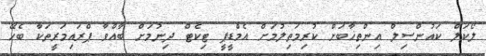
ލޯކަލް ކައުންސިލް އިންތިޚާބަށް ކުރިމަތިލުމަށް އެމްޑީޕީ ޓިކެޓް ދިނުމަށް ބާއްވާ ޕްރައިމަރީތަކާ ބެހޭ